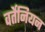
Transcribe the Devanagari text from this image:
वर्तेनियन